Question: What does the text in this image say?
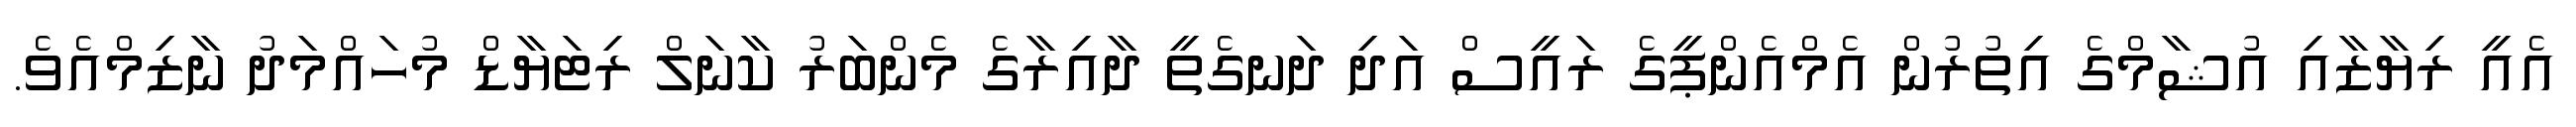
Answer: އެއީ ރިޔާޒާއި އުޝާމްގެ އިތުރުން އެމްއެންޕީގެ ރައީސް އަދި ދަނގެތީ ދާއިރާގެ މެންބަރު ކާނަލް ރިޓަޔާޑް މުހައްމަދު ނާޒިމްއެވެ.